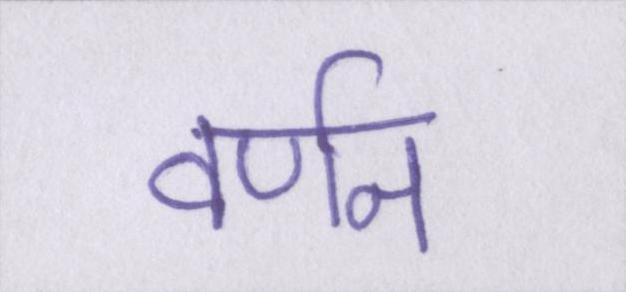
वर्णन